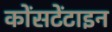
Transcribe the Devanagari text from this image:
कोंसटेंटाइन